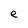
Character: e